Medical and sanitary report on the native army of Bombay for the year
Year: 1879
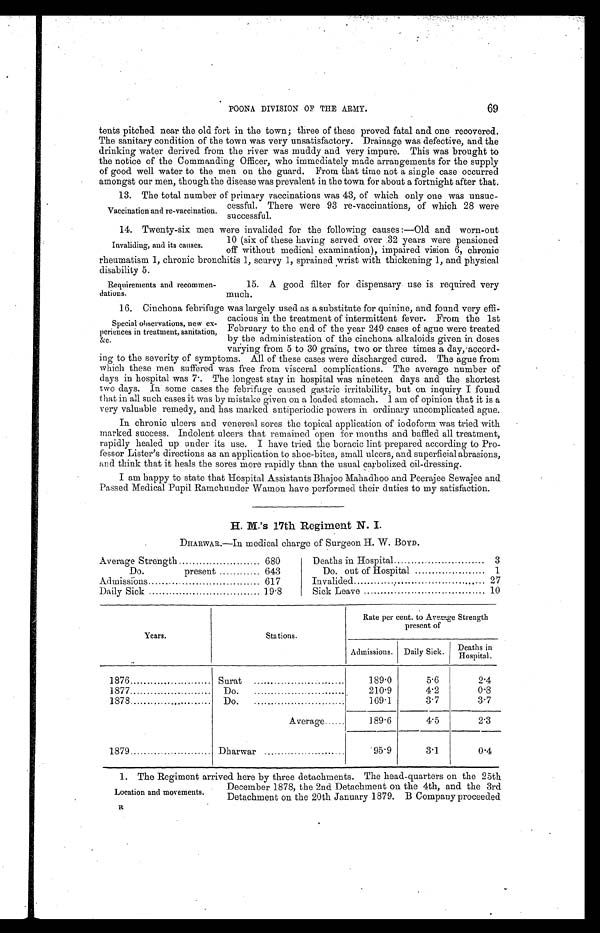
69
POONA DIVISION OF THE ARMY.
tents pitched near the old fort in the town; three of these proved fatal and one recovered.
The sanitary condition of the town was very unsatisfactory. Drainage was defective, and the
drinking water derived from the river was muddy and very impure. This was brought to
the notice of the Commanding Officer, who immediately made arrangements for the supply
of good well water to the men on the guard. From that time not a single case occurred
amongst our men. though the disease was prevalent in the town for about a fortnight after that.
13. The total number of primary vaccinations was 43, of which only one was unsuc
-cessful. There were 93 re-vaccinations, of which 28 were
successful.
14. Twenty-six men were invalided for the following causes :—Old and worn-out
10 (six of these having served over 32 years were pensioned
off without medical examination), impaired vision 6, chronic
rheumatism 1, chronic bronchitis 1, scurvy 1, sprained wrist with thickening 1, and physical
disability 5.
Vaccination and re-vaccination.
Invaliding, and its causes.
Requirements and recommen
-dations.
15. A good filter for dispensary use is required very
much.
16. Cinchona febrifuge was largely used as a substitute for quinine, and found very effi -
cacious in the treatment of intermittent fever. From the 1st
February to the end of the year 249 cases of ague were treated
by the administration of the cinchona alkaloids given in doses
varying from 5 to 30 grains, two or three times a day, accord -
ing to the severity of symptoms. All of these cases were discharged cured. The ague from
which these men suffered was free from visceral complications. The average number of
days in hospital was 7. The longest stay in hospital was nineteen days and the shortest
two days. In some cases the febrifuge caused gastric irritability, but on inquiry I found
that in all such cases it was by mistake given on a loaded stomach. I am of opinion that it is a
very valuable remedy, and has marked antiperiodic powers in ordinary uncomplicated ague.
In chronic ulcers and venereal sores the topical application of iodoform was tried with
marked success. Indolent ulcers that remained open for months and baffled all treatment,
rapidly healed up under its use. I have tried the boracic lint prepared according to Pro
-fessor Lister's directions as an application to shoe-bites, small ulcers, and superficial abrasions,
and think that it heals the sores more rapidly than the usual carbolized oil-dressing.
I am happy to state that Hospital Assistants Bhajoo Mahadhoo and Peerajee Sewajee and
Passed Medical Pupil Ramchunder Wamon have performed their duties to my satisfaction.
H. M.'s 17th Regiment N. I.
DHARWAR.—In medical charge of Surgeon H. W. BOYD.
Average Strength . . .
680
Deaths in Hospital . . .
3
Do.
present . . .
643
Do. out of Hospital . . .
1
Admissions . . .
617
Invalided . . .
2 7
Daily Sick . . .
19.8
Sick Leave . . .
10
Years.
Stations.
Rate per cent. to Average Strength
present of
Admissions.
Daily Sick.
Deaths in
Hospital.
1876 . . .
Surat . . .
189.0
5.6
2.4
1877 . . .
Do.
. . .
210.9
4.2
0.8
1878 . . .
D o . . . .
1 6 9 . 1
3.7
3.7
Average . . .
189.6
4.5
2.3
1879 . . .
Dharwar . . .
95.9
3.1
0.4
Special observations, new ex
-periences in treatment, sanitation,
&c.
1. The Regiment arrived here by three detachments. The head-quarters on the 25th
December 1878, the 2nd Detachment on the 4th, and the 3rd
Detachment on the 20th January 1879. B Company proceeded
Location and movements.